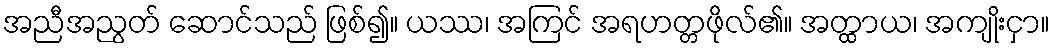
အညီအညွတ် ဆောင်သည် ဖြစ်၍။ ယဿ၊ အကြင် အရဟတ္တဖိုလ်၏။ အတ္ထာယ၊ အကျိုးငှာ။